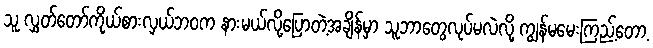
သူ လွှတ်တော်ကိုယ်စားလှယ်ဘ၀က နားမယ်လို့ပြောတဲ့အချိန်မှာ သူဘာတွေလုပ်မလဲလို့ ကျွန်မမေးကြည့်တော့